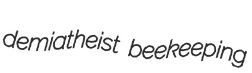
demiatheist beekeeping